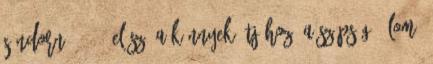
Sándorné 2014. Előszó a Könnyek útjához: A szépség: álom.